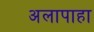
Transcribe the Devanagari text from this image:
अलापाहा